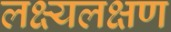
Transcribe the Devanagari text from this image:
लक्ष्यलक्षण